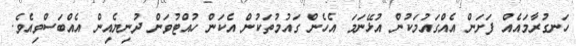
ހަނގުރާމައެއް ފަށަން އެއްގައުމަކުން އުޅޭނަމަ އެހެން ގައުމުތަކުން އެކަން ހުއްޓުވަން ދުނިޔެއިން އެއްބަސްވިއެވެ.